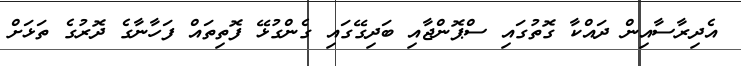
އެދިރާސާއިން ދައްކާ ގޮތުގައި ސްޕޮންޖާއި ބަދިގޭގައި ގެންގުޅޭ ފޮތިތައް ފަަހާނާގެ ދޮރުގެ ތަޅަށް